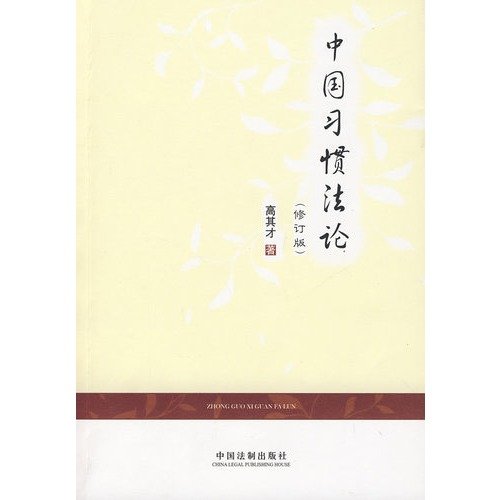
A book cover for Chinese Customary Law (Revised Edition); GAO QI CAI; Law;